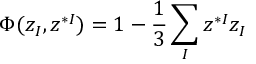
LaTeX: \Phi ( z _ { I } , z ^ { * I } ) = 1 - { \frac { 1 } { 3 } } \sum _ { I } z ^ { * I } z _ { I }